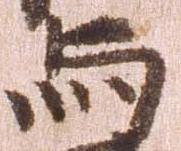
与